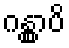
ဂန္တွာပိ